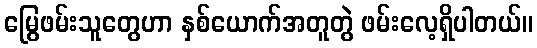
မြွေဖမ်းသူတွေဟာ နှစ်ယောက်အတူတွဲ ဖမ်းလေ့ရှိပါတယ်။